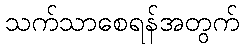
သက်သာစေရန်အတွက်